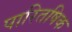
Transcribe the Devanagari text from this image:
पारितषिक